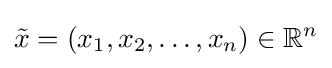
{\tilde {x}}=(x_{1},x_{2},\ldots ,x_{n})\in \mathbb {R} ^{n}